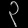
Digit: ၃